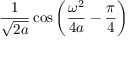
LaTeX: { \frac { 1 } { \sqrt { 2 a } } } \cos \left( { \frac { \omega ^ { 2 } } { 4 a } } - { \frac { \pi } { 4 } } \right)